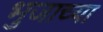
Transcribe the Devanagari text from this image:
भुजाच्या